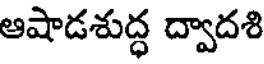
ఆషాడశుద్ధ ద్వాదశి